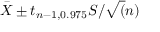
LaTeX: { \bar { X } } \pm t _ { n - 1 , 0 . 9 7 5 } S / { \sqrt { ( } } n )